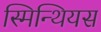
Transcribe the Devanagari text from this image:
स्मिन्थियस